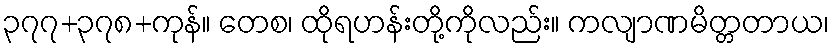
၃၇၇+၃၇၈+ကုန်။ တေစ၊ ထိုရဟန်းတို့ကိုလည်း။ ကလျာဏမိတ္တတာယ၊